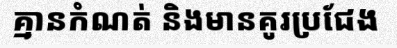
គ្មានកំណត់ និងមានគូរប្រជែង